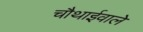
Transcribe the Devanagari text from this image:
चौथाईवाले